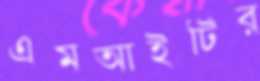
এমআইটির